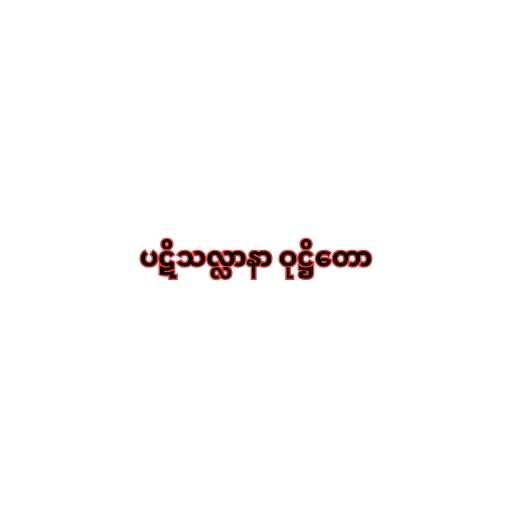
ပဋိသလ္လာနာ ဝုဋ္ဌိတော